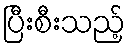
ပြီးစီးသည့်